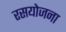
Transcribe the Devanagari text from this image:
रसयोजना